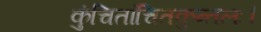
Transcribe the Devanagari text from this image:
कुंचितांचितकुन्तलः।